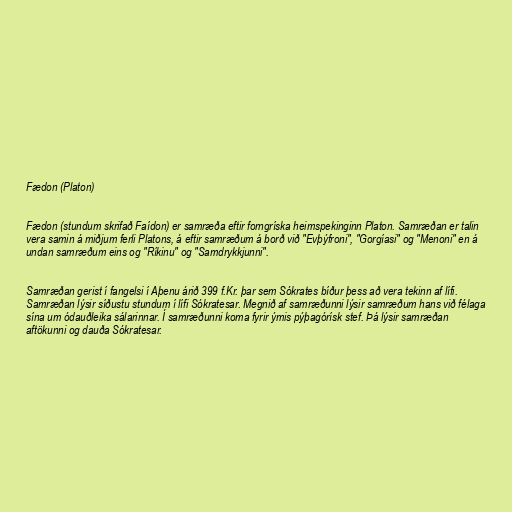
Fædon (Platon)

Fædon (stundum skrifað Faídon) er samræða eftir forngríska heimspekinginn Platon. Samræðan er talin
vera samin á miðjum ferli Platons, á eftir samræðum á borð við "Evþýfroni", "Gorgíasi" og "Menoni" en á
undan samræðum eins og "Ríkinu" og "Samdrykkjunni".

Samræðan gerist í fangelsi í Aþenu árið 399 f.Kr. þar sem Sókrates bíður þess að vera tekinn af lífi.
Samræðan lýsir síðustu stundum í lífi Sókratesar. Megnið af samræðunni lýsir samræðum hans við félaga
sína um ódauðleika sálarinnar. Í samræðunni koma fyrir ýmis pýþagórísk stef. Þá lýsir samræðan
aftökunni og dauða Sókratesar.